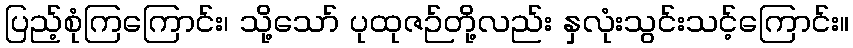
ပြည့်စုံကြကြောင်း၊ သို့သော် ပုထုဇဉ်တို့လည်း နှလုံးသွင်းသင့်ကြောင်း။